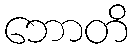
ဘောတိ